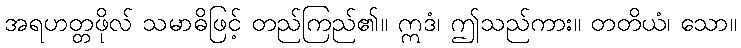
အရဟတ္တဖိုလ် သမာဓိဖြင့် တည်ကြည်၏။ ဣဒံ၊ ဤသည်ကား။ တတိယံ၊ သော။